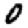
Digit: 0